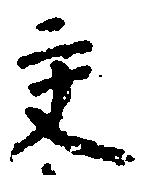
交